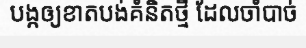
បង្កឲ្យខាតបង់គំនិតថ្មី ដែលចាំបាច់